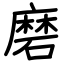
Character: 磨